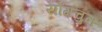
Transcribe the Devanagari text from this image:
योंगचुन